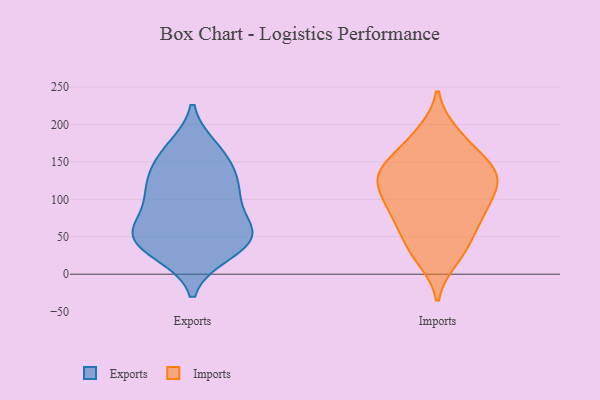
{"axis": {"x": "Customer Acquisition Cost (USD)", "y": "Value"}, "legend": ["Exports", "Imports"], "data": [{"x": "", "y": 109, "type": "Exports"}, {"x": "", "y": 148, "type": "Exports"}, {"x": "", "y": 98, "type": "Exports"}, {"x": "", "y": 108, "type": "Exports"}, {"x": "", "y": 28, "type": "Exports"}, {"x": "", "y": 118, "type": "Exports"}, {"x": "", "y": 61, "type": "Exports"}, {"x": "", "y": 48, "type": "Exports"}, {"x": "", "y": 28, "type": "Exports"}, {"x": "", "y": 135, "type": "Exports"}, {"x": "", "y": 165, "type": "Exports"}, {"x": "", "y": 53, "type": "Exports"}, {"x": "", "y": 168, "type": "Exports"}, {"x": "", "y": 62, "type": "Exports"}, {"x": "", "y": 50, "type": "Exports"}, {"x": "", "y": 51, "type": "Exports"}, {"x": "", "y": 134, "type": "Imports"}, {"x": "", "y": 130, "type": "Imports"}, {"x": "", "y": 40, "type": "Imports"}, {"x": "", "y": 82, "type": "Imports"}, {"x": "", "y": 119, "type": "Imports"}, {"x": "", "y": 74, "type": "Imports"}, {"x": "", "y": 32, "type": "Imports"}, {"x": "", "y": 149, "type": "Imports"}, {"x": "", "y": 108, "type": "Imports"}, {"x": "", "y": 128, "type": "Imports"}, {"x": "", "y": 154, "type": "Imports"}, {"x": "", "y": 181, "type": "Imports"}, {"x": "", "y": 187, "type": "Imports"}, {"x": "", "y": 73, "type": "Imports"}, {"x": "", "y": 87, "type": "Imports"}, {"x": "", "y": 130, "type": "Imports"}, {"x": "", "y": 22, "type": "Imports"}]}